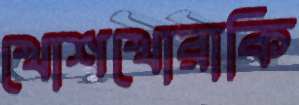
খোশখোরাকি